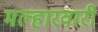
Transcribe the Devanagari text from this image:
मल्हारवारी